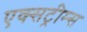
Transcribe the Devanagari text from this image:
एक्सट्रीम्स